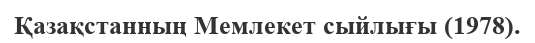
Қазақстанның Мемлекет сыйлығы (1978).